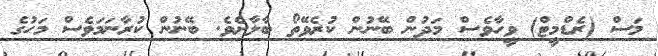
މަސް (ރެޑްމީޓް) ވީހާވެސް މަދުން ބޭނުން ކުރެވޭތޯ ބާލާށެވެ. ބޭނުން ކުރާނަމަވެސް މަހުގެ